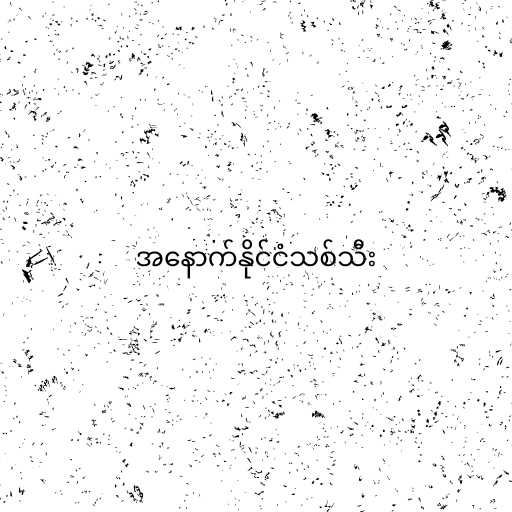
အနောက်နိုင်ငံသစ်သီး